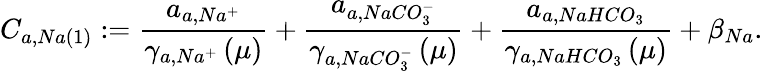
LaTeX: C_{a,Na\left(1\right)}:=\frac{a_{a,Na^{+}}}{\gamma_{a,Na^{+}}\left(\mu\right)}+\frac{a_{a,NaCO_{3}^{-}}}{\gamma_{a,NaCO_{3}^{-}}\left(\mu\right)}+\frac{a_{a,NaHCO_{3}}}{\gamma_{a,NaHCO_{3}}\left(\mu\right)}+\beta_{Na}.